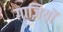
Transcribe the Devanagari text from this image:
ग़ाज़ियों